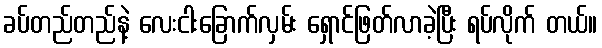
ခပ်တည်တည်နဲ့ လေးငါးခြောက်လှမ်း ရှောင်ဖြတ်လာခဲ့ပြီး ရပ်လိုက် တယ်။